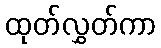
ထုတ်လွှတ်ကာ